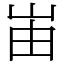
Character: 峀